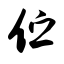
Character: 伫